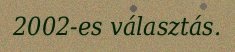
2002-es választás.